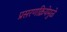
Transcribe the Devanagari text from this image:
प्रसरणक्रियेमुळे